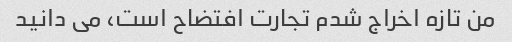
من تازه اخراج شدم تجارت افتضاح است، می دانید